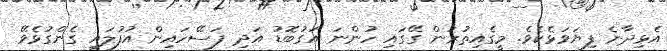
އެޅިދާނެ ފިޔަވަޅެކެވެ. މީގެއިތުރުން ގޭގައި ހުންނަ އަގުބޮޑު އަދި ފަސޭހައިން އުފުލައި ގެންގުޅެވޭ